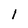
Character: 1